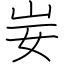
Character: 妛